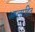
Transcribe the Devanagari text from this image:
अम्लरहित